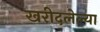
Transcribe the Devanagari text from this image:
खरीदलेल्या